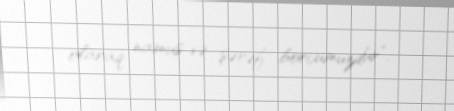
olaraq namus və şərəf borcumuzdur”.